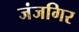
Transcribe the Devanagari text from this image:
जंजगिर